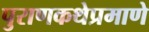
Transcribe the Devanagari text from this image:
पुराणकथेप्रमाणे